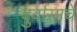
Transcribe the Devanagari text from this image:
दुर्वासाचे